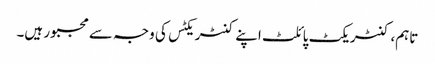
تاہم، کنٹریکٹ پائلٹ اپنے کنٹریکٹس کی وجہ سے مجبور ہیں۔